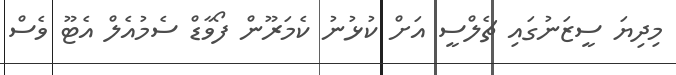
މިދިޔަ ސީޒަނުގައި ޗެލްސީ އަށް ކުޅުނު ކެމަރޫން ފޯވާޑް ސެމުއެލް އެޓޫ ވެސް